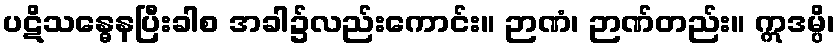
ပဋိသန္ဓေနပြီးခါစ အခါ၌လည်းကောင်း။ ဉာဏံ၊ ဉာဏ်တည်း။ ဣဒမ္ပိ၊